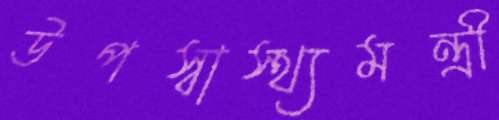
উপস্বাস্থ্যমন্ত্রী